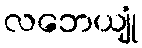
လဘေယျုံ